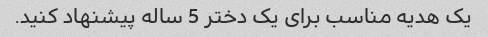
یک هدیه مناسب برای یک دختر 5 ساله پیشنهاد کنید.